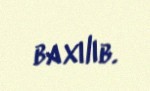
baxılıb.